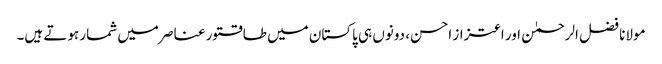
مولانا فضل الرحمٰن اور اعتزاز احسن، دونوں ہی پاکستان میں طاقتور عناصر میں شمار ہوتے ہیں۔